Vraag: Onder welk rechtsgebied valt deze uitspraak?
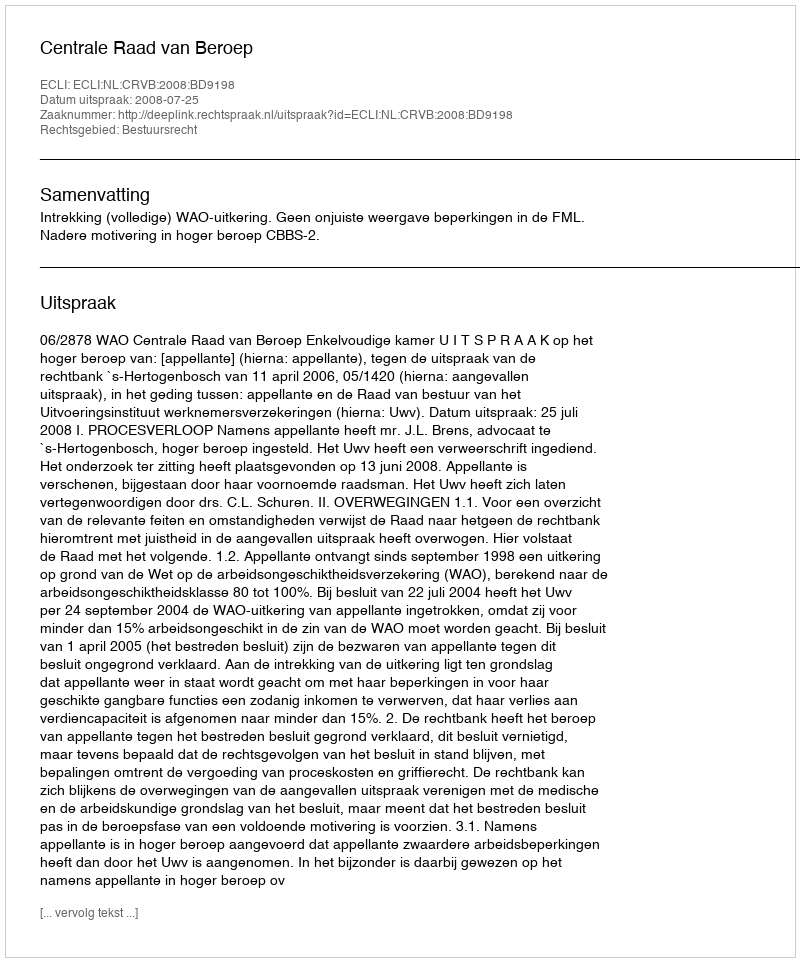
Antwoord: Bestuursrecht